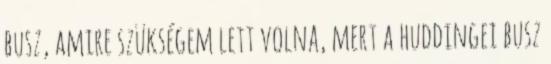
busz, amire szükségem lett volna, mert a huddingei busz